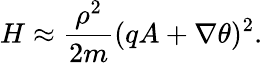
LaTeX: H\approx{\frac{\rho^{2}}{2m}}(qA+\nabla\theta)^{2}.